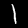
Digit: 1